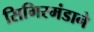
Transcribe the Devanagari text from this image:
सिगिस्मंडाने